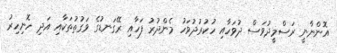
އޮންނާނީ ރަސްމީދުވަސް ދުވަހާއި ހުކުރުދުވަހު މެންދުރު ފަހާއި ރޭގަނޑުގެ ވަގުތުތަކާއި އަދި ހޮނިހިރު